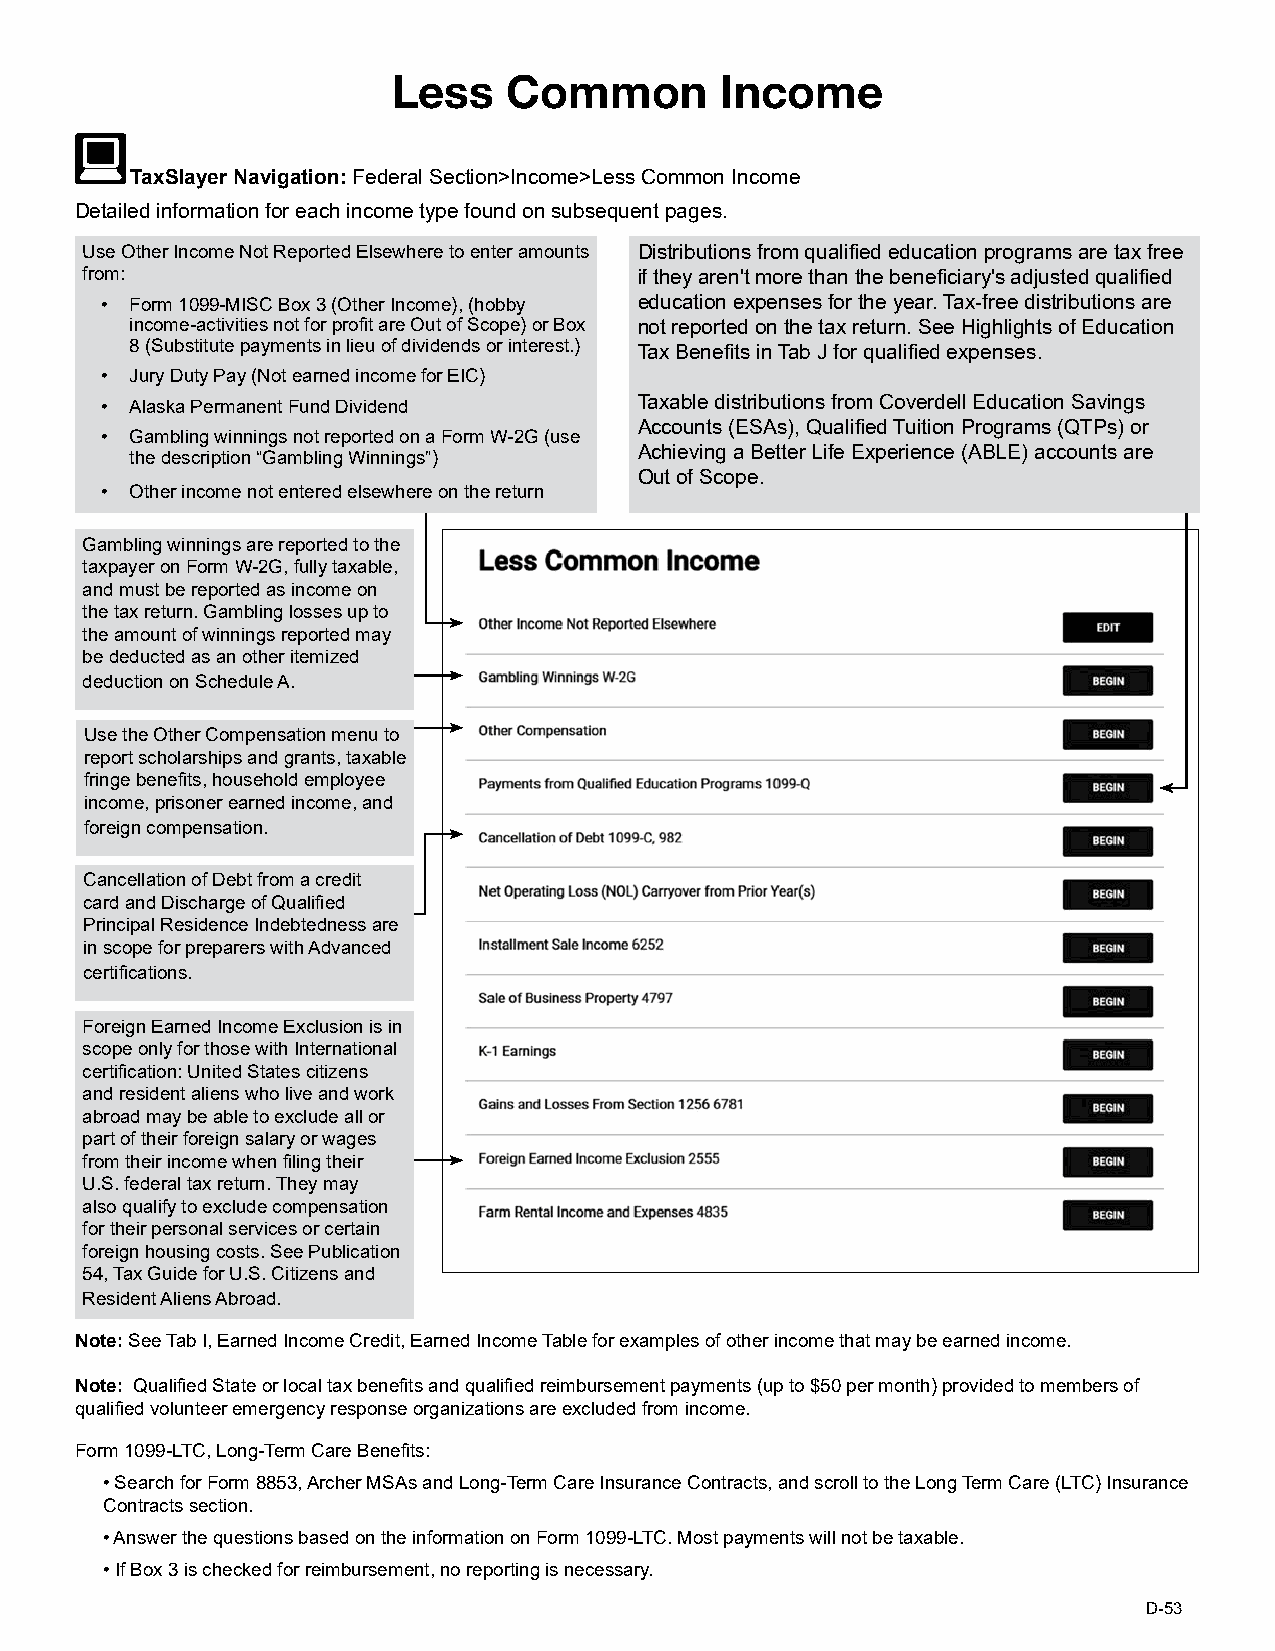
Less    Common        Income
 TaxSlayer Navigation: Federal Section>Income>Less Common Income
 Detailed information for each income type found on subsequent pages.
 Use Other Income Not Reported Elsewhere to enter amounts Distributions from qualified education programs are tax free
 from:                                if they aren't more than the beneficiary's adjusted qualified
 • Form 1099-MISC Box 3 (Other Income), (hobby education expenses for the year. Tax-free distributions are
 income-activities not for profit are Out of Scope) or Box not reported on the tax return. See Highlights of Education
 8 (Substitute payments in lieu of dividends or interest.) Tax Benefits in Tab J for qualified expenses.
 • Jury Duty Pay (Not earned income for EIC)
 • Alaska Permanent Fund Dividend   Taxable distributions from Coverdell Education Savings
 Accounts (ESAs), Qualified Tuition Programs (QTPs) or
 • Gambling winnings not reported on a Form W-2G (use
 the description “Gambling Winnings”) Achieving a Better Life Experience (ABLE) accounts are
 Out of Scope.
 • Other income not entered elsewhere on the return
 Gambling winnings are reported to the
 taxpayer on Form W-2G, fully taxable,
 and must be reported as income on
 the tax return. Gambling losses up to
 the amount of winnings reported may
 be deducted as an other itemized
 deduction on Schedule A.
 Use the Other Compensation menu to
 report scholarships and grants, taxable
 fringe benefits, household employee
 income, prisoner earned income, and
 foreign compensation.
 Cancellation of Debt from a credit
 card and Discharge of Qualified
 Principal Residence Indebtedness are
 in scope for preparers with Advanced
 certifications.
 Foreign Earned Income Exclusion is in
 scope only for those with International
 certification: United States citizens
 and resident aliens who live and work
 abroad may be able to exclude all or
 part of their foreign salary or wages
 from their income when filing their
 U.S. federal tax return. They may
 also qualify to exclude compensation
 for their personal services or certain
 foreign housing costs. See Publication
 54, Tax Guide for U.S. Citizens and
 Resident Aliens Abroad.
 Note: See Tab I, Earned Income Credit, Earned Income Table for examples of other income that may be earned income.
 Note: Qualified State or local tax benefits and qualified reimbursement payments (up to $50 per month) provided to members of
 qualified volunteer emergency response organizations are excluded from income.
 Form 1099-LTC, Long-Term Care Benefits:
 •Search for Form 8853, Archer MSAs and Long-Term Care Insurance Contracts, and scroll to the Long Term Care (LTC) Insurance
 Contracts section.
 •Answer the questions based on the information on Form 1099-LTC. Most payments will not be taxable.
 •If Box 3 is checked for reimbursement, no reporting is necessary.
 D-53